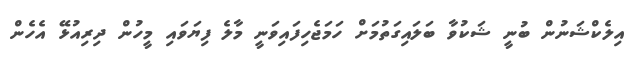
އިލެކްޝަނުން ބުނީ ޝަކުވާ ބަލައިގަތުމަށް ހަމަޖެހިފައިވަނީ މާލެ ފިޔަވައި މީހުން ދިރިއުޅޭ އެހެން